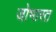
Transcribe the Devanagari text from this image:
जोभारत